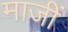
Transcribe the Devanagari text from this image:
माजीं